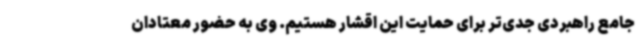
جامع راهبردی جدی‌تر برای حمایت این اقشار هستیم. وی به حضور معتادان